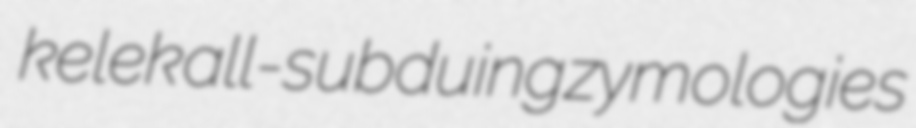
kelek all-subduing zymologies